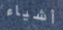
أشياء